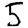
Digit: 5